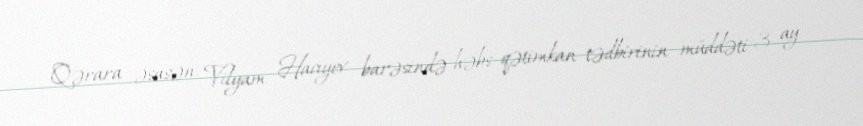
Qərara əsasən, Vilyam Hacıyev barəsində həbs qətimkan tədbirinin müddəti 3 ay